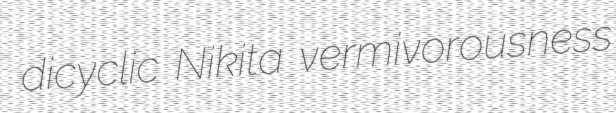
dicyclic Nikita vermivorousness